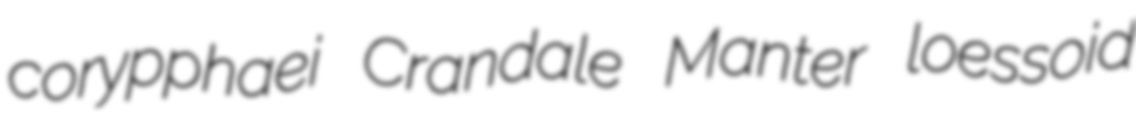
corypphaei Crandale Manter loessoid